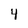
Character: 4